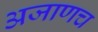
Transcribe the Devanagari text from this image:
अजाणच